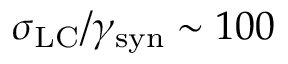
\sigma _ { \mathrm { L C } } / \gamma _ { \mathrm { s y n } } \sim 1 0 0